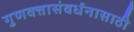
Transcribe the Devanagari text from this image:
गुणवत्तासंवर्धनासाठी